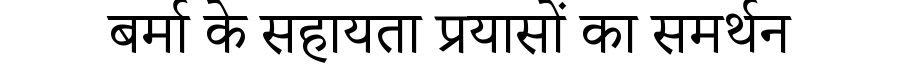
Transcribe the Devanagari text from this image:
बर्मा के सहायता प्रयासों का समर्थन